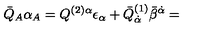
{ \bar { Q } } _ { A } \alpha _ { A } = Q ^ { ( 2 ) \alpha } \epsilon _ { \alpha } + { \bar { Q } } _ { { \dot { \alpha } } } ^ { ( 1 ) } { \bar { \beta } } ^ { { \dot { \alpha } } } =